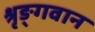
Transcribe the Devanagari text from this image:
श्रृङ्गवान